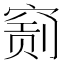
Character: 𥧂